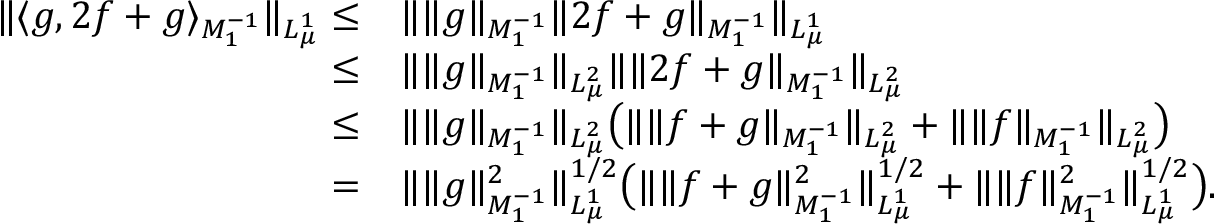
\begin{array} { r l } { \Vert \langle g , 2 f + g \rangle _ { M _ { 1 } ^ { - 1 } } \Vert _ { L _ { \mu } ^ { 1 } } \leq } & { \Vert \Vert g \Vert _ { M _ { 1 } ^ { - 1 } } \Vert 2 f + g \Vert _ { M _ { 1 } ^ { - 1 } } \Vert _ { L _ { \mu } ^ { 1 } } } \\ { \leq } & { \Vert \Vert g \Vert _ { M _ { 1 } ^ { - 1 } } \Vert _ { L _ { \mu } ^ { 2 } } \Vert \Vert 2 f + g \Vert _ { M _ { 1 } ^ { - 1 } } \Vert _ { L _ { \mu } ^ { 2 } } } \\ { \leq } & { \Vert \Vert g \Vert _ { M _ { 1 } ^ { - 1 } } \Vert _ { L _ { \mu } ^ { 2 } } \bigr ( \Vert \Vert f + g \Vert _ { M _ { 1 } ^ { - 1 } } \Vert _ { L _ { \mu } ^ { 2 } } + \Vert \Vert f \Vert _ { M _ { 1 } ^ { - 1 } } \Vert _ { L _ { \mu } ^ { 2 } } \bigr ) } \\ { = } & { \Vert \Vert g \Vert _ { M _ { 1 } ^ { - 1 } } ^ { 2 } \Vert _ { L _ { \mu } ^ { 1 } } ^ { 1 / 2 } \bigr ( \Vert \Vert f + g \Vert _ { M _ { 1 } ^ { - 1 } } ^ { 2 } \Vert _ { L _ { \mu } ^ { 1 } } ^ { 1 / 2 } + \Vert \Vert f \Vert _ { M _ { 1 } ^ { - 1 } } ^ { 2 } \Vert _ { L _ { \mu } ^ { 1 } } ^ { 1 / 2 } \bigr ) . } \end{array}